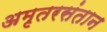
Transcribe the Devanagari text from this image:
अमृतरसंतान